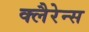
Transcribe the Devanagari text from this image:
क्लैरेन्स